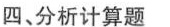
四、分析计算题